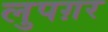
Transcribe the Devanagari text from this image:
लुपग़र